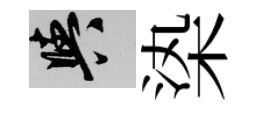
阳𣑱